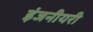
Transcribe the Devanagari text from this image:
इंजनीयरी